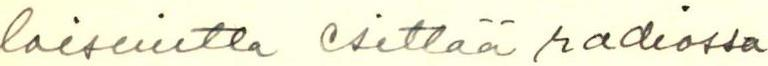
laisuutta esittää radiossa